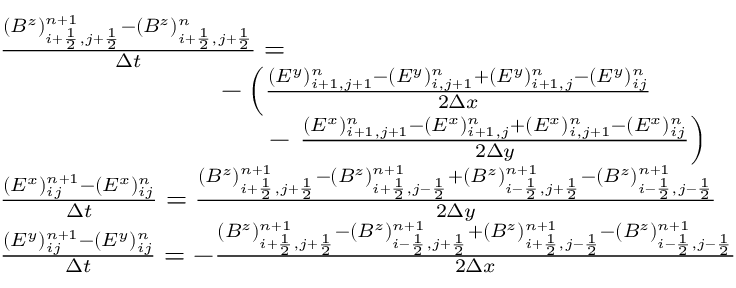
\begin{array} { r l } & { \frac { ( B ^ { z } ) _ { i + \frac 1 2 , j + \frac 1 2 } ^ { n + 1 } - ( B ^ { z } ) _ { i + \frac 1 2 , j + \frac 1 2 } ^ { n } } { \Delta t } = } \\ & { \phantom { m m m m m m m m m } - \left( \frac { ( E ^ { y } ) _ { i + 1 , j + 1 } ^ { n } - ( E ^ { y } ) _ { i , j + 1 } ^ { n } + ( E ^ { y } ) _ { i + 1 , j } ^ { n } - ( E ^ { y } ) _ { i j } ^ { n } } { 2 \Delta x } \right. } \\ & { \phantom { m m m m m m m m m m m } - \left. \frac { ( E ^ { x } ) _ { i + 1 , j + 1 } ^ { n } - ( E ^ { x } ) _ { i + 1 , j } ^ { n } + ( E ^ { x } ) _ { i , j + 1 } ^ { n } - ( E ^ { x } ) _ { i j } ^ { n } } { 2 \Delta y } \right) } \\ & { \frac { ( E ^ { x } ) _ { i j } ^ { n + 1 } - ( E ^ { x } ) _ { i j } ^ { n } } { \Delta t } = \frac { ( B ^ { z } ) _ { i + \frac 1 2 , j + \frac 1 2 } ^ { n + 1 } - ( B ^ { z } ) _ { i + \frac 1 2 , j - \frac 1 2 } ^ { n + 1 } + ( B ^ { z } ) _ { i - \frac 1 2 , j + \frac 1 2 } ^ { n + 1 } - ( B ^ { z } ) _ { i - \frac 1 2 , j - \frac 1 2 } ^ { n + 1 } } { 2 \Delta y } } \\ & { \frac { ( E ^ { y } ) _ { i j } ^ { n + 1 } - ( E ^ { y } ) _ { i j } ^ { n } } { \Delta t } = - \frac { ( B ^ { z } ) _ { i + \frac 1 2 , j + \frac 1 2 } ^ { n + 1 } - ( B ^ { z } ) _ { i - \frac 1 2 , j + \frac 1 2 } ^ { n + 1 } + ( B ^ { z } ) _ { i + \frac 1 2 , j - \frac 1 2 } ^ { n + 1 } - ( B ^ { z } ) _ { i - \frac 1 2 , j - \frac 1 2 } ^ { n + 1 } } { 2 \Delta x } } \end{array}